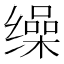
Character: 缲